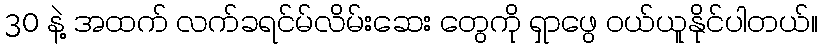
30 နဲ့ အထက် လက်ခရင်မ်လိမ်းဆေး တွေကို ရှာဖွေ ဝယ်ယူနိုင်ပါတယ်။